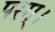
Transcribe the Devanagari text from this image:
परम्‌।